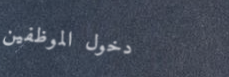
دخول الموظفين